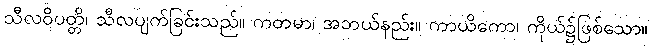
သီလဝိပတ္တိ၊ သီလပျက်ခြင်းသည်။ ကတမာ၊ အဘယ်နည်း။ ကာယိကော၊ ကိုယ်၌ဖြစ်သော။